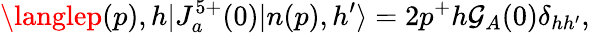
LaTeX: \langlep(p),h|J_{a}^{5+}(0)|n(p),h^{\prime}\rangle=2p^{+}h\mathcal{G}_{A}(0)\delta_{hh^{\prime}},